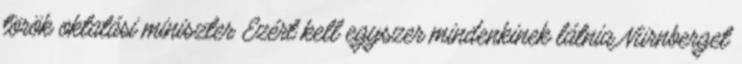
török oktatási miniszter Ezért kell egyszer mindenkinek látnia Nürnberget